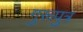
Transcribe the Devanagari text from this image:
गुरूपुत्र